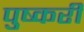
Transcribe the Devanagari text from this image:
पुष्करी